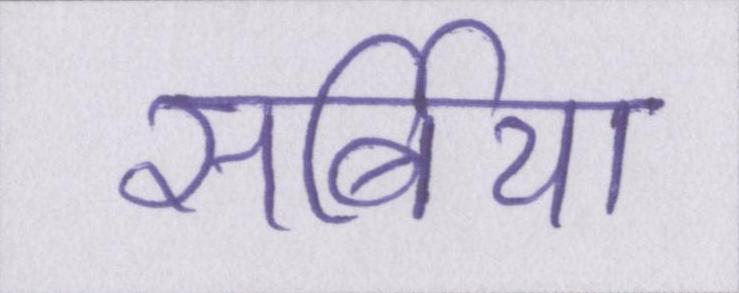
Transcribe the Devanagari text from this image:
सर्बिया